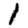
Digit: 1